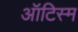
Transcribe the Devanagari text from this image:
ऑटिस्म